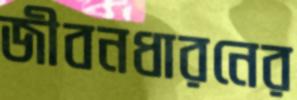
জীবনধারনের